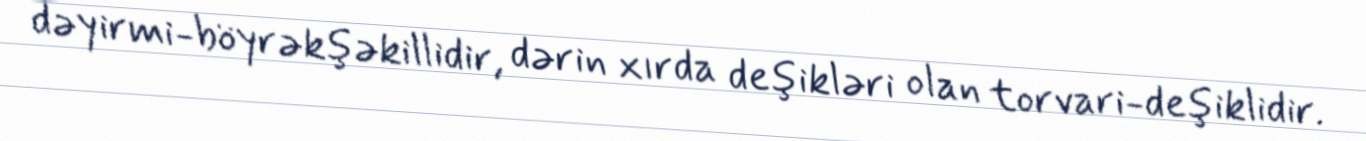
dəyirmi-böyrəkşəkillidir, dərin xırda deşikləri olan torvari-deşiklidir.